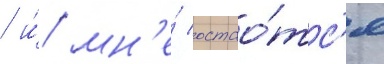
/ и́ мн'е́ остао́тс'я